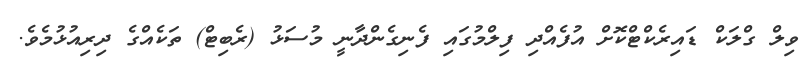
ވިލް ގްލަކް ޑައިރެކްޓްކޮށް އުފެއްދި ފިލްމުގައި ފެނިގެންދާނީ މުސަޅު (ރެބިޓް) ތަކެއްގެ ދިރިއުޅުމެވެ.